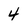
Character: 4